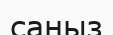
саңыз